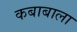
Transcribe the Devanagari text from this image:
कबाबाला